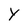
Character: Y